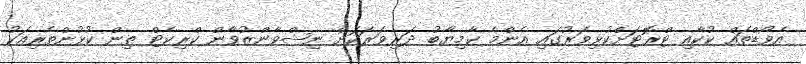
އެވޯޑްތައް ކުކާއި ޓްރޮޓަށްކުޅިވަރުގައި އެންމެ ކާމިޔާބު ދަރިވަރަކަށް ނިޝްވާންޒުވާން ކްރިކެޓް ތިން ކުޅުންތެރިއަކު